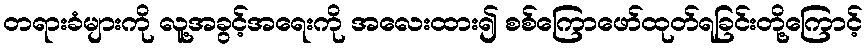
တရားခံများကို လူ့အခွင့်အရေးကို အလေးထား၍ စစ်ကြောဖော်ထုတ်ရခြင်းတို့ကြောင့်